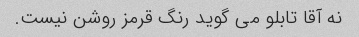
نه آقا تابلو می گوید رنگ قرمز روشن نیست.